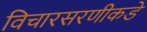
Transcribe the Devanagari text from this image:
विचारसरणीकडे